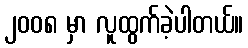
၂၀၀၈ မှာ လူထွက်ခဲ့ပါတယ်။